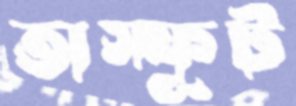
অস্ফূট